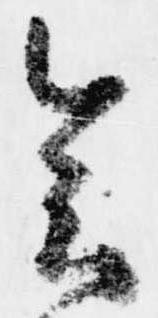
会